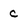
Character: C